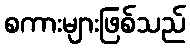
စကားများဖြစ်သည်